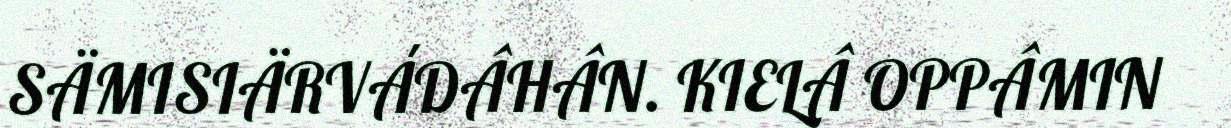
SÄMISIÄRVÁDÂHÂN. KIELÂ OPPÂMIN